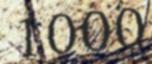
1000